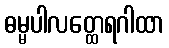
ဓမ္မပါလတ္ထေရဂါထာ